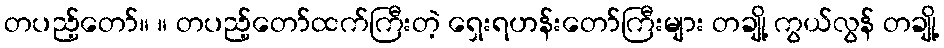
တပည့်တော်။ ။ တပည့်တော်ထက်ကြီးတဲ့ ရှေးရဟန်းတော်ကြီးများ တချို့ ကွယ်လွန် တချို့